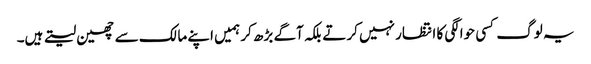
یہ لوگ کسی حوالگی کا انتظار نہیں کرتے بلکہ آگے بڑھ کر ہمیں اپنے مالک سے چھین لیتے ہیں۔